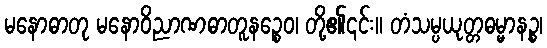
မနောဓာတု မနောဝိညာဏဓာတူနဉ္စေဝ၊ တို့၏၎င်း။ တံသမ္ပယုတ္တဓမ္မာနဉ္စ၊